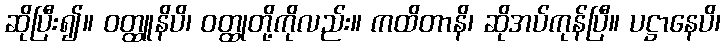
ဆိုပြီး၍။ ဝတ္ထူနိပိ၊ ဝတ္ထုတို့ကိုလည်း။ ကထိတာနိ၊ ဆိုအပ်ကုန်ပြီ။ ပဋ္ဌာနေပိ၊